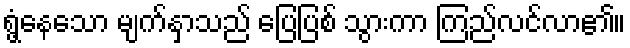
ရွံ့နေသော မျက်နှာသည် ပြေပြစ် သွားကာ ကြည်လင်လာ၏။